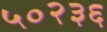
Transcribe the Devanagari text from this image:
५०२३६